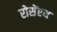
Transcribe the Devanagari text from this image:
रोसेंएथ